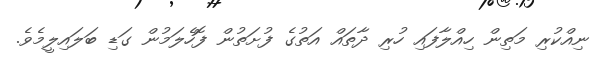
ނިއްކުރި މަތިން ހިއްލާފައި ހުރި ދާތައް އަތުގެ ފުށަތުން ފޮހެލަމުން ގަޑި ބަލައިލީމެވެ.